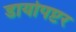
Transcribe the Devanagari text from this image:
डायोपप्टर